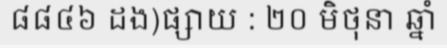
៨៨៤៦ ដង)ផ្សាយ : ២០ មិថុនា ឆ្នាំ